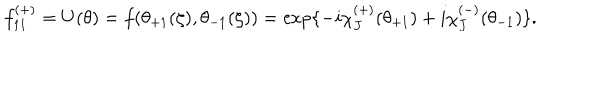
f _ { 1 1 } ^ { ( + ) } = U ( \theta ) = f ( \theta _ { + 1 } ( \zeta ) , \theta _ { - 1 } ( \zeta ) ) = \exp \{ - i \chi _ { J } ^ { ( + ) } ( \theta _ { + 1 } ) + i \chi _ { J } ^ { ( - ) } ( \theta _ { - 1 } ) \} .